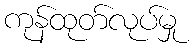
ကုန်ထုတ်လုပ်မှု